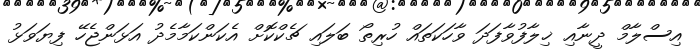
އިސްލާމް ދީނާއި ޚިލާފުވާފަދަ ވާހަކަތައް ހުރިތޯ ބަލައި ޗެކްކޮށް އެކަންކަމާމެދު އަޅަންޖެހޭ ފިޔަވަޅު